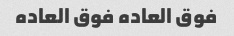
فوق العاده فوق العاده